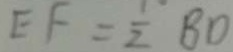
E F = \frac { 1 } { 2 } B D